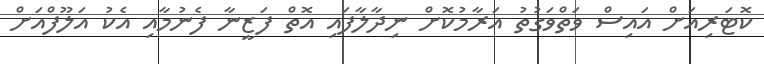
ކޮޓަރިއަށް އައިސް ވަތްވަގުތު އަރާމުކޮށް ނިދާލާފައި އޮތް ފަޒީނާ ފެނުމާއި އެކު އަލޫފްއަށް